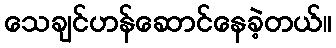
သေချင်ဟန်ဆောင်နေခဲ့တယ်။